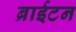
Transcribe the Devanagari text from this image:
ब्राईटन